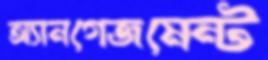
অ্যানগেজমেন্ট